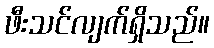
ဖီးသင်လျက်ရှိသည်။